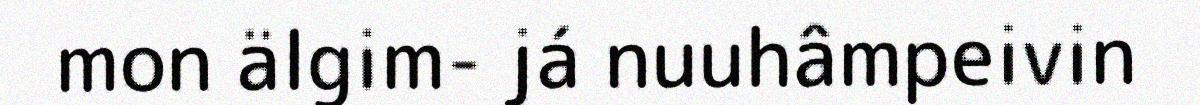
mon älgim- já nuuhâmpeivin